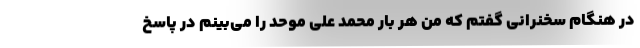
در هنگام سخنرانی گفتم که من هر بار محمد علی موحد را می‌بینم در پاسخ